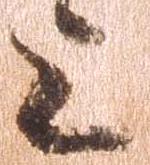
上